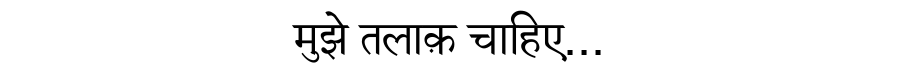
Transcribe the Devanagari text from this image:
मुझे तलाक़ चाहिए...